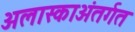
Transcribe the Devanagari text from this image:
अलास्काअंतर्गत